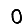
Digit: 0